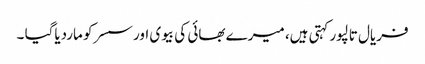
فریال تالپور کہتی ہیں، میرے بھائی کی بیوی اور سسرکو ماردیاگیا ۔